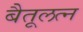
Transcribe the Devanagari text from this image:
बैतूलत्न